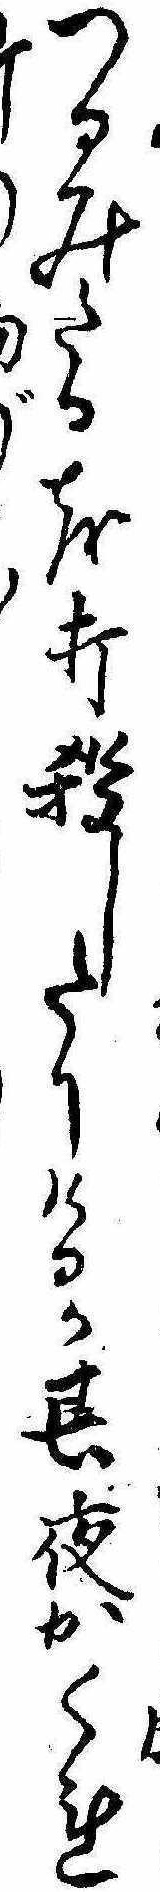
つるみたるを打殺したりけるか其夜かくれ